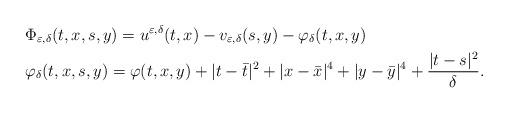
LaTeX: \begin{align*}&\Phi_{\varepsilon,\delta}(t,x,s,y)=u^{\varepsilon,\delta}(t,x)-v_{\varepsilon,\delta}(s,y)-\varphi_\delta(t,x,y)\quad\\&\varphi_\delta(t,x,s,y)=\varphi(t,x,y)+|t-\bar{t}|^2+|x-\bar{x}|^4+|y-\bar{y}|^4+\frac{|t-s|^2}{\delta}.\end{align*}